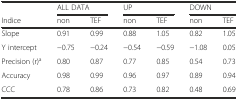
|  | <COLSPAN=2> ALL DATA | <COLSPAN=2> UP | <COLSPAN=2> DOWN |
 | Indice | non | TEF | non | TEF | non | TEF |
 | --- | --- | --- | --- | --- | --- | --- |
 | Slope | 0.91 | 0.99 | 0.88 | 1.05 | 0.82 | 1.05 |
 | Y intercept | −0.75 | −0.24 | −0.54 | −0.59 | −1.08 | 0.05 |
 | Precision (r)a | 0.80 | 0.87 | 0.77 | 0.85 | 0.54 | 0.73 |
 | Accuracy | 0.98 | 0.99 | 0.96 | 0.97 | 0.89 | 0.94 |
 | CCC | 0.78 | 0.86 | 0.73 | 0.82 | 0.48 | 0.69 |